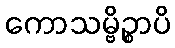
ကောသမ္ဗိဉ္စာပိ